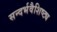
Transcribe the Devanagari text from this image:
सन्दर्भवैशिष्ट्य